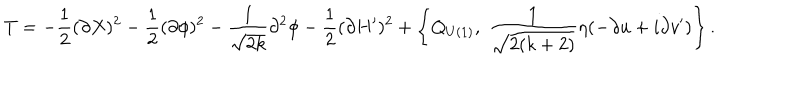
T = - \frac { 1 } { 2 } ( \partial X ) ^ { 2 } - \frac { 1 } { 2 } ( \partial \phi ) ^ { 2 } - \frac { 1 } { \sqrt { 2 k } } \partial ^ { 2 } \phi - \frac { 1 } { 2 } ( \partial H ^ { \prime } ) ^ { 2 } + \left\{ Q _ { U ( 1 ) } , ~ \frac { 1 } { \sqrt { 2 ( k + 2 ) } } \eta ( - \partial u + i \partial v ^ { \prime } ) \right\} .